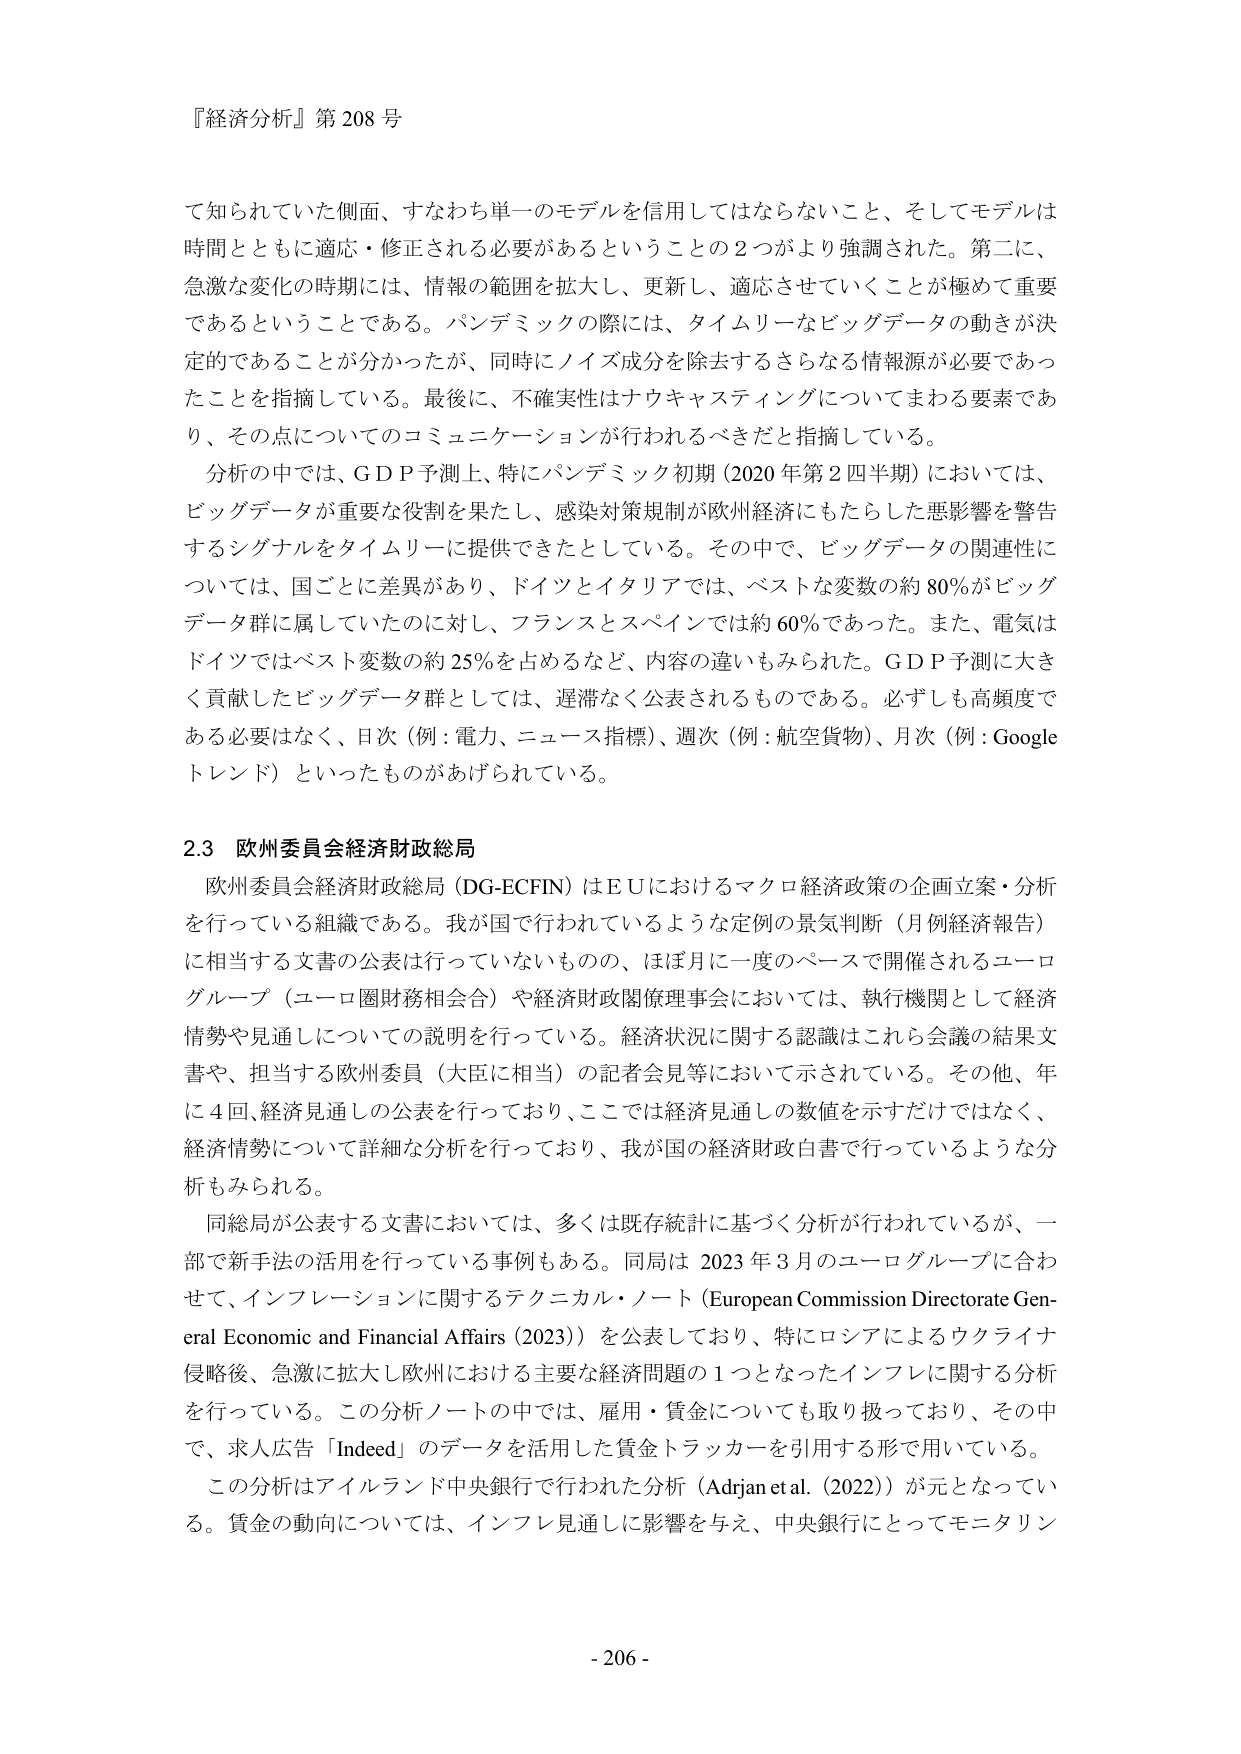
『経済分析』第 208 号

て知られていた側面、すなわち単一のモデルを信用してはならないこと、そしてモデルは時間とともに適応・修正される必要があるということの2つがより強調された。第二に、急激な変化の時期には、情報の範囲を拡大し、更新し、適応させていくことが極めて重要であるということである。パンデミックの際には、タイムリーなビッグデータの動きが決定的であることが分かったが、同時にノイズ成分を除去するさらなる情報源が必要であったことを指摘している。最後に、不確実性はナウキャスティングについてまわる要素であり、その点についてのコミュニケーションが行われるべきだと指摘している。

分析の中では、G D P予測上、特にパンデミック初期（2020年第2四半期）においては、ビッグデータが重要な役割を果たし、感染対策規制が欧州経済にもたらした悪影響を警告するシグナルをタイムリーに提供できたとしている。その中で、ビッグデータの関連性については、国ごとに差異があり、ドイツとイタリアでは、ベストな変数の約80％がビッグデータ群に属していたのに対し、フランスとスペインでは約60％であった。また、電気はドイツではベスト変数の約25％を占めるなど、内容の違いもみられた。G D P予測に大きく貢献したビッグデータ群としては、遅滞なく公表されるものである。必ずしも高頻度である必要はなく、日次（例：電力、ニュース指標）、週次（例：航空貨物）、月次（例：Googleトレンド）といったものがあげられている。

2.3 欧州委員会経済財政総局

欧州委員会経済財政総局（DG-ECFIN）はＥＵにおけるマクロ経済政策の企画立案・分析を行っている組織である。我が国で行われているような定例の景気判断（月例経済報告）に相当する文書の公表は行っていないものの、ほぼ月に一度のペースで開催されるユーログループ（ユーロ圏財務相会合）や経済財政関係理事会においては、執行機関として経済情勢や見通しについての説明を行っている。経済状況に関する認識はこれら会議の結果文書や、担当する欧州委員（大臣に相当）の記者会見等において示されている。その他、年に4回、経済見通しの公表を行っており、ここでは経済見通しの数値を示すだけではなく、経済情勢について詳細な分析を行っており、我が国の経済財政白書で行っているような分析もみられる。

同総局が公表する文書においては、多くは既存統計に基づく分析が行われているが、一部で新手法の活用を行っている事例もある。同局は2023年3月のユーログループに合わせて、インフレーションに関するテクニカル・ノート（European Commission Directorate General Economic and Financial Affairs (2023)）を公表しており、特にロシアによるウクライナ侵略後、急激に拡大し欧州における主要な経済問題の1つとなったインフレに関する分析を行っている。この分析ノートの中では、雇用・賃金についても取り扱っており、その中で、求人広告「Indeed」のデータを活用した賃金トラッカーを引用する形で用いている。

この分析はアイルランド中央銀行で行われた分析（Adrjan et al. (2022)）が元となっている。賃金の動向については、インフレ見通しに影響を与え、中央銀行にとってモニタリン

- 206 -